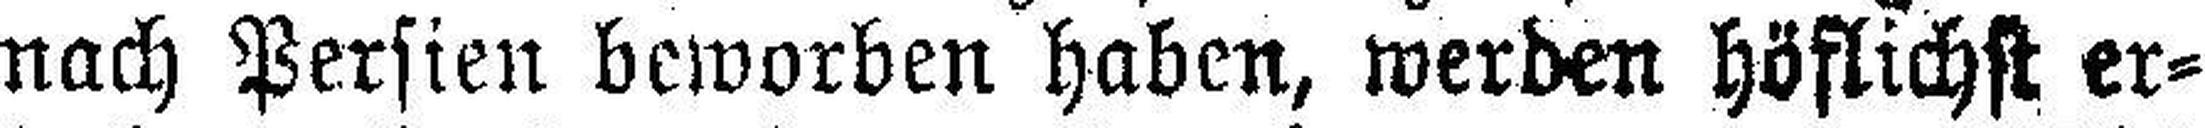
nach Persien beworben haben, werden höflichst er¬